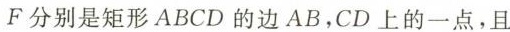
F分别是矩形ABCD的边AB，CD上的一点，且